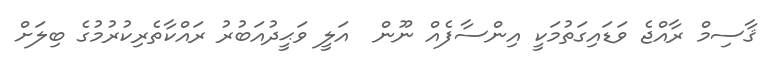
ޤާސިމް ރާއްޖެ ވަޑައިގަތުމަކީ އިންސާފެއް ނޫން  އަލީ ވަޙީދުއަބުރު ރައްކާތެރިކުރުމުގެ ބިލަށް